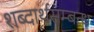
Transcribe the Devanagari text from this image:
शब्दार्थसम्बन्ध